Civil Veterinary Department. United Provinces 1912-22 - 1912-1922
Year: 1912
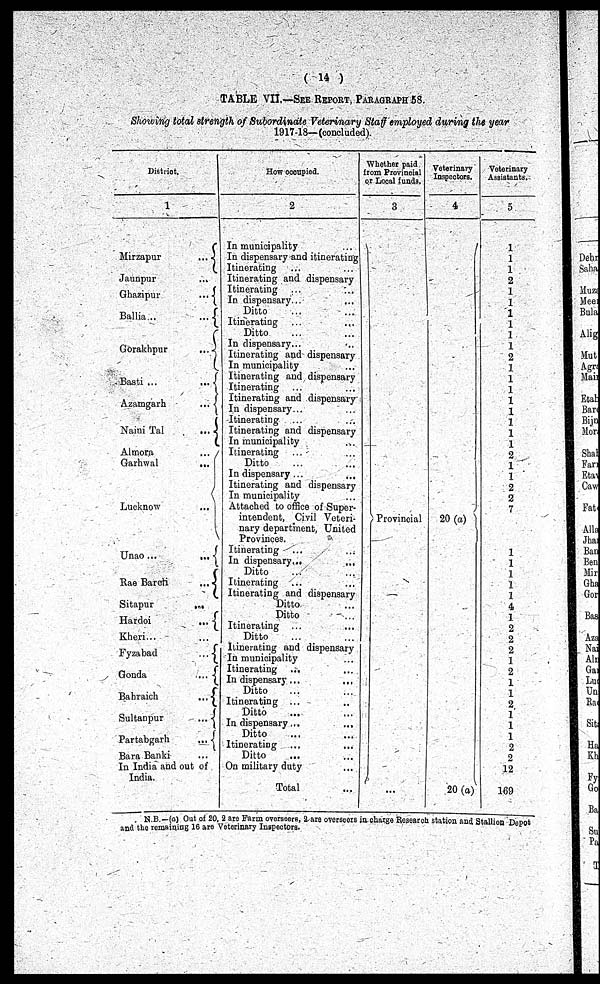
(14)
TABLE VII.—See Report, Paragraph 58.
Showing total strength of Subordinate Veterinary Staff employed during the year
1917-18—(concluded).
District.
1
Mirzapur
...
Jaunpur ...
Ghazipur
...
Ballia...
...
Gorakhpur
...
Basti ...
...
Azamgarh
...
Naini Tal
...
Almora
...
Garhwal
...
Lucknow
...
Unao...
...
Rae
Bareti
...
Sitapur
...
Hardoi
...
Kheri... ...
Fyzabad
...
Gonda
...
Bahraich
...
Sultanpur
...
Partabgarh
...
Bara Banki ...
In India and out of
India.
How occupied.
2
In municipality ...
In dispensary and itinerating
Itinerating ...
...
Itinerating and dispensary
Itinerating ... ...
In dispensary... ...
Ditto ... ...
Itinerating ... ...
Ditto ... ...
In dispensary... ..
Itinerating and dispensary
In municipality ...
Itinerating and dispensary
Itinerating ... ...
Itinerating and dispensary
In dispensary... ...
Itinerating ... ...
Itinerating and dispensary
In municipality .. ....
Itinerating ... ...
Ditto ... ...
In dispensary ... ...
Itinerating and dispensary
In municipality ...
Attached to office of Super-
intendent, Civil Veteri-
nary department, United
Provinces. ...
Itinerating ...
In dispensary...
...
Ditto ... ...
Itinerating ... ...
Itinerating and dispensary
Ditto ...
Ditto ...
Itinerating ... ...
Ditto ... ...
Itinerating and dispensary
In municipality ...
Itinerating ... ...
In dispensary ... ...
Ditto ... ...
Itinerating ... ...
Ditto ... ...
In dispensary... ...
Ditto ... ...
Itinerating ... ...
Ditto ... ...
On military duty ...
Total ...
Whether paid
from Provincial
or Local funds.
3
Provincial
...
Veterinary
Inspectors.
4
20 (a)
20 (a)
Veterinary
Assistants.
5
1
1
1
2
1
1
1
1
1
1
2
1
1
1
1
1
1
1
1
2
1
1
2
2
7
1
1
1
1
1
4
1
2
2
2
1
2
1
1
2
1
1
1
2
2
12
169
N.B.-(a) Out of 20. 2 are Farm overseers, 2 are overseers in charge Research station and Stallion Depot
and the remaining 16 are Veterinary Inspectors.